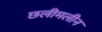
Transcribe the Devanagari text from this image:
छलीमलीन